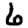
Digit: 6